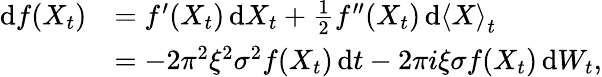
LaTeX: \begin{array}{rl}{\mathrm{d}f(X_{t})}&{=f^{\prime}(X_{t})\, \mathrm{d}X_{t}+\frac{1}{2}f^{\prime\prime}(X_{t})\, \mathrm{d}\left<X\right>_{t}}\\ &{=-2\pi^{2}\xi^{2}\sigma^{2}f(X_{t})\, \mathrm{d}t-2\pi i\xi\sigma f(X_{t})\, \mathrm{d}W_{t},}\end{array}